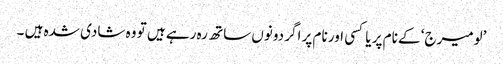
’لومیرج‘ کے نام پر یا کسی اور نام پر اگر دونوں ساتھ رہ رہے ہیں تو وہ شادی شدہ ہیں ۔